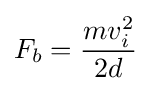
F_{b}={mv_{i}^{2} \over 2d}